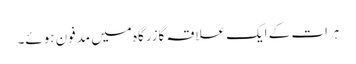
ہرات کے ایک علاقہ گازرگاہ میں مدفون ہوئے۔